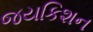
જયકિશન